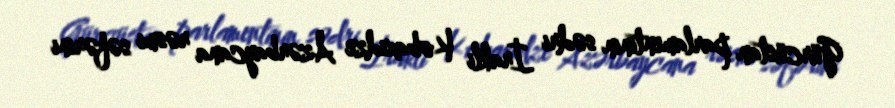
Gürcüstan parlamentinin sədri İrakli Kobaxidze Azərbaycana rəsmi səfərini